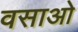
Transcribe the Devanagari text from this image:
वसाओ